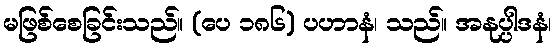
မဖြစ်စေခြင်းသည်။ (ပေ ၁၈၆) ပဟာနံ၊ သည်။ အနုပ္ပါဒနံ၊